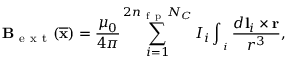
\mathbf B _ { \mathrm { ~ e ~ x ~ t ~ } } ( \overline { { \mathbf x } } ) = \frac { \mu _ { 0 } } { 4 \pi } \sum _ { i = 1 } ^ { 2 n _ { \mathrm { ~ f ~ p ~ } } N _ { C } } I _ { i } \int _ { \mathbf \Gamma _ { i } } \frac { d \mathbf l _ { i } \times \mathbf r } { r ^ { 3 } } ,